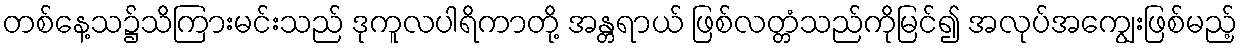
တစ်နေ့သ၌သိကြားမင်းသည် ဒုကူလပါရိကာတို့ အန္တရာယ် ဖြစ်လတ္တံသည်ကိုမြင်၍ အလုပ်အကျွေးဖြစ်မည့်